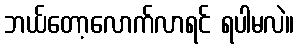
ဘယ်တော့လောက်လာရင် ရပါမလဲ။